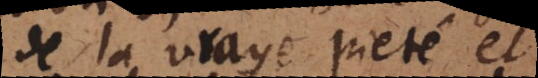
de la vraye pieté et